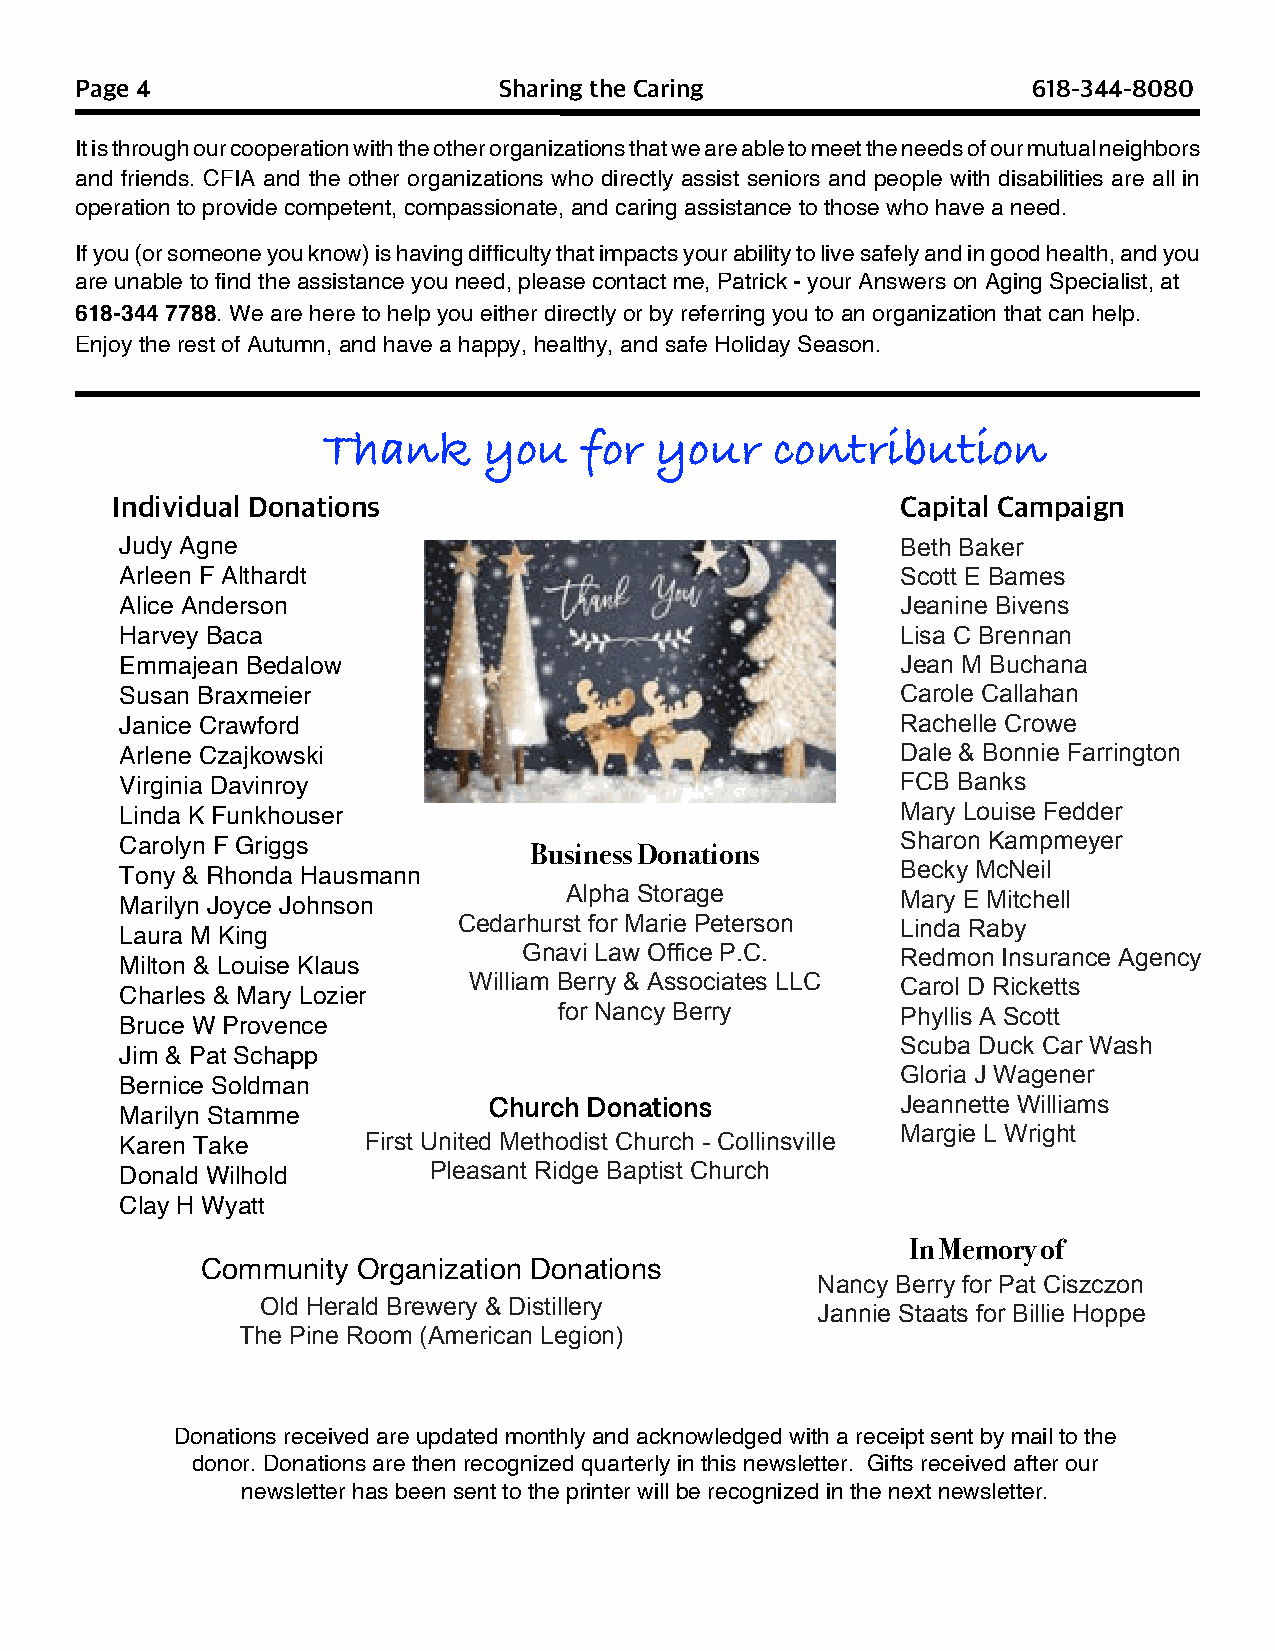
Page 4                      Sharing the Caring                 618-344-8080
 Itisthroughourcooperationwiththeotherorganizationsthatweareabletomeettheneedsofourmutualneighbors
 and friends. CFIA and the other organizations who directly assist seniors and people with disabilities are all in
 operation to provide competent, compassionate, and caring assistance to those who have a need.
 Ifyou(orsomeoneyouknow)ishavingdifficultythatimpactsyourabilitytolivesafelyandingoodhealth,andyou
 are unable to find the assistance you need, please contact me, Patrick - your Answers on Aging Specialist, at
 618-344 7788. We are here to help you either directly or by referring you to an organization that can help.
 Enjoy the rest of Autumn, and have a happy, healthy, and safe Holiday Season.
 Thank      you   for  your    contribution
 Individual Donations                                 Capital Campaign
 Judy Agne                                           Beth Baker
 Arleen F Althardt                                   Scott E Bames
 Alice Anderson                                      Jeanine Bivens
 Harvey Baca                                         Lisa C Brennan
 Emmajean Bedalow                                    Jean M Buchana
 Susan Braxmeier                                     Carole Callahan
 Janice Crawford                                     Rachelle Crowe
 Arlene Czajkowski                                   Dale & Bonnie Farrington
 Virginia Davinroy                                   FCB Banks
 Linda K Funkhouser                                  Mary Louise Fedder
 Carolyn F Griggs                                    Sharon Kampmeyer
 BusinessDonations
 Becky McNeil
 Tony & Rhonda Hausmann
 Alpha Storage          Mary E Mitchell
 Marilyn Joyce Johnson
 Cedarhurst for Marie Peterson Linda Raby
 Laura M King
 Gnavi Law Office P.C.    Redmon Insurance Agency
 Milton & Louise Klaus
 William Berry & Associates LLC Carol D Ricketts
 Charles & Mary Lozier
 for Nancy Berry        Phyllis A Scott
 Bruce W Provence
 Scuba Duck Car Wash
 Jim & Pat Schapp
 Gloria J Wagener
 Bernice Soldman
 Church Donations            Jeannette Williams
 Marilyn Stamme
 Margie L Wright
 Karen Take      First United Methodist Church - Collinsville
 Donald Wilhold      Pleasant Ridge Baptist Church
 Clay H Wyatt
 InMemoryof
 Community  Organization Donations
 Nancy Berry for Pat Ciszczon
 Old Herald Brewery & Distillery
 Jannie Staats for Billie Hoppe
 The Pine Room (American Legion)
 Donations received are updated monthly and acknowledged with a receipt sent by mail to the
 donor. Donations are then recognized quarterly in this newsletter. Gifts received after our
 newsletter has been sent to the printer will be recognized in the next newsletter.